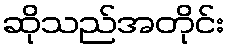
ဆိုသည်အတိုင်း